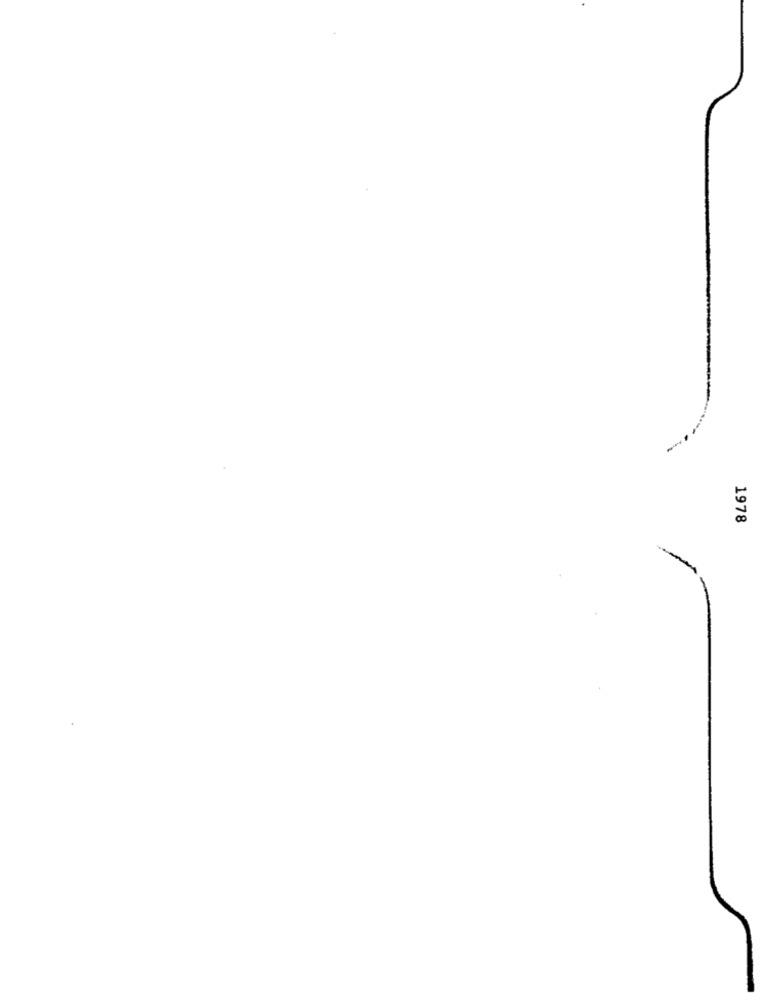
1978